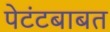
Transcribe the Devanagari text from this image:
पेटंटबाबत